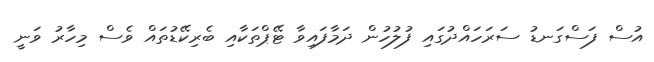
އުސް ފަސްގަނޑު ސަރަހައްދުގައި ފުލުހުން ދަމާފައިވާ ޓޭޕްތަކާއި ބެރިކޭޑުތައް ވެސް މިހާރު ވަނީ